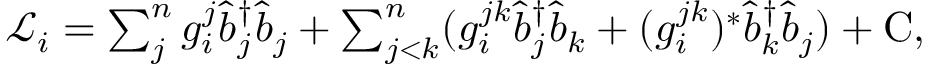
\begin{array} { r } { \mathscr { L } _ { i } = \sum _ { j } ^ { n } g _ { i } ^ { j } \hat { b } _ { j } ^ { \dagger } \hat { b } _ { j } + \sum _ { j < k } ^ { n } ( g _ { i } ^ { j k } \hat { b } _ { j } ^ { \dagger } \hat { b } _ { k } + ( g _ { i } ^ { j k } ) ^ { * } \hat { b } _ { k } ^ { \dagger } \hat { b } _ { j } ) + \mathrm { C } , } \end{array}